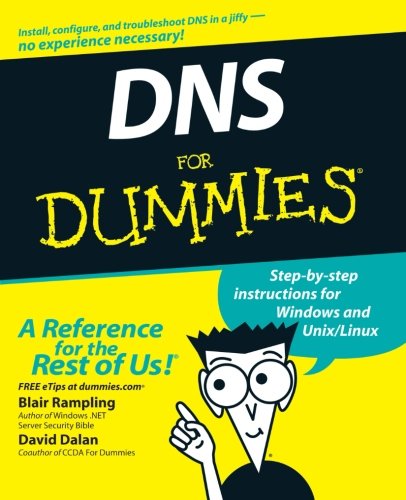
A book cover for DNS For Dummies; Blair Rampling; Computers & Technology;